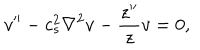
LaTeX: v ^ { \prime \prime } - c _ { s } ^ { 2 } \nabla ^ { 2 } v - \frac { z ^ { \prime \prime } } { z } v = 0 ,